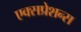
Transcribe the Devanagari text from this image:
एक्सप्रेशन्स